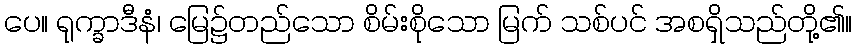
ပေ။ ရုက္ခာဒီနံ၊ မြေ၌တည်သော စိမ်းစိုသော မြက် သစ်ပင် အစရှိသည်တို့၏။